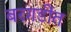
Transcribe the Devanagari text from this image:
बरगडींत